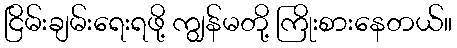
ငြိမ်းချမ်းရေးရဖို့ ကျွန်မတို့ ကြိုးစားနေတယ်။